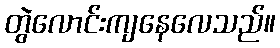
တွဲလောင်းကျနေလေသည်။